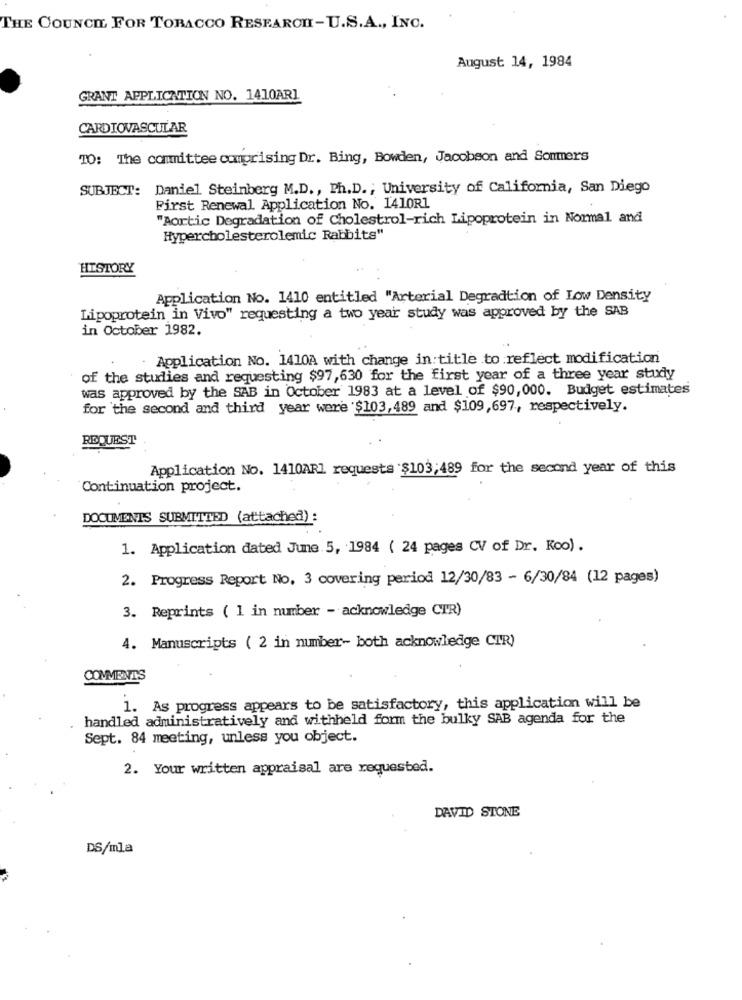
THE COUNCIL FOR TOBACCO RESEAROn-U.S.A ., INC.
August 14, 1984
GRANT APPLICATION NO. 1410ARI
CARDIOVASCULAR
10: The committee comprising Dr. Bing, Bowden, Jacobson and Sommers
SUBJECT: Daniel Steinberg M.D ., Ph.D .; University of California, San Diego
First Renewal Application No. 1410R1
"Aortic Degradation of Cholestrol-rich Lipoprotein in Normal and
Hypercholesterolemic Rabbits"
HISTORY
Application No. 1410 entitled "Arterial Degradtion of Low Density
Lipoprotein in Vivo" requesting a two year study was approved by the SAB
in October 1982.
Application No. 1410A with change in:title to reflect modification
of the studies and requesting $97,630 for the first year of a three year study
was approved by the SAB in October 1983 at a level of $90,000. Budget estimates
for the second and third year were $103,489 and $109,697, respectively.
REQUEST
Application No. 1410ARI requests $103;489 for the second year of this
Continuation project.
DOCUMENTS SUBMITTED (attached) :
1. Application dated June 5, 1984 ( 24 pages CV of Dr. Koo) .
2. Progress Report No, 3 covering period 12/30/83 - 6/30/84 (12 pages)
3. Reprints ( 1 in number - acknowledge CTR)
4. Manuscripts ( 2 in number- both acknowledge CIR)
COMMENTS
1. As progress appears to be satisfactory, this application will be
handled administratively and withheld form the bulky SAB agenda for the
Sept. 84 meeting, unless you object.
2. Your written appraisal are requested.
DAVID STONE
DS/mla